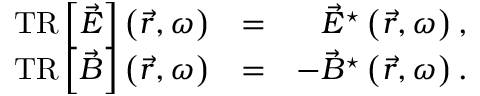
\begin{array} { r l r } { \mathrm { T R } \left\lbrack \vec { E } \right\rbrack \left( \vec { r } , \omega \right) } & { = } & { \vec { E } ^ { \star } \left( \vec { r } , \omega \right) , } \\ { \mathrm { T R } \left\lbrack \vec { B } \right\rbrack \left( \vec { r } , \omega \right) } & { = } & { - \vec { B } ^ { \star } \left( \vec { r } , \omega \right) . } \end{array}